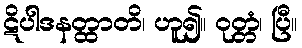
ဋိပါဒနတ္ထာတိ၊ ဟူ၍။ ဝုတ္တံ၊ ပြီ။